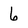
Character: 6